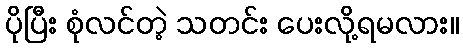
ပိုပြီး စုံလင်တဲ့ သတင်း ပေးလို့ရမလား။